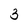
Character: 3